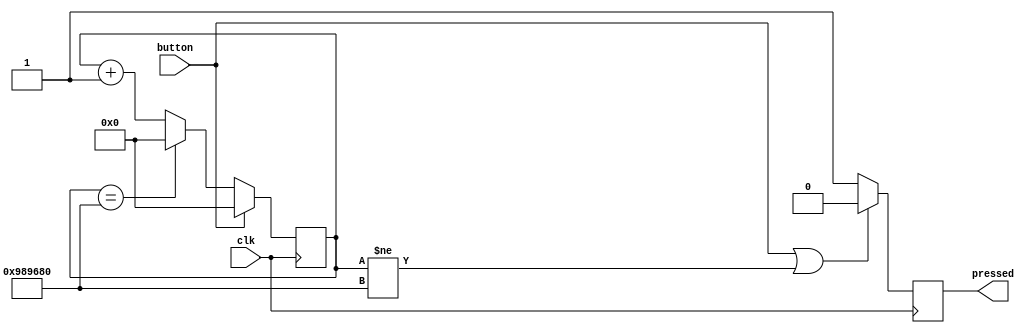
/*
 * Module name    : debounce
 * 
 * Description :
 * Debounce module
 * debounce key press only after DELAY cycles
 */
module debounce(clk, button, pressed);
input   clk, button;
output  pressed;

reg         pressed;
reg [31:0]  last;

parameter   DELAY=10000000;

always @ (posedge clk)
begin
  if (button)
  last = 32'd0;
  else 
  last = (last == DELAY) ? 32'd0 : last + 32'd1;
end

always @ (posedge clk)
begin
    if (button | last != DELAY)
    pressed = 1'b0;
    else 
    pressed = 1'b1;
end
endmodule